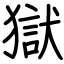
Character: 獄